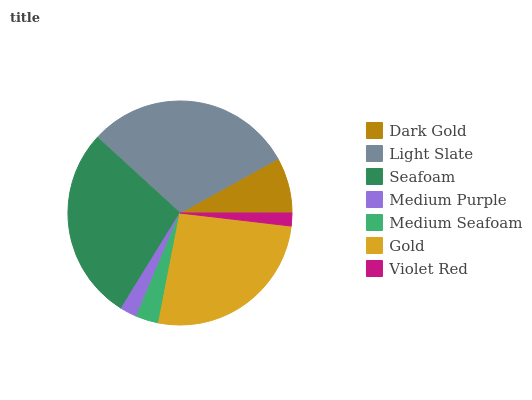
| Dark Gold | Light Slate | Seafoam | Medium Purple | Medium Seafoam | Gold | Violet Red |
 | --- | --- | --- | --- | --- | --- | --- |
 | 8.03% | 30.2% | 28% | 2.45% | 3.27% | 26.2% | 1.86% |